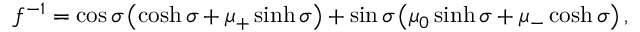
f ^ { - 1 } = \cos \sigma \left( \cosh \sigma + \mu _ { + } \sinh \sigma \right) + \sin \sigma \left( \mu _ { 0 } \sinh \sigma + \mu _ { - } \cosh \sigma \right) ,